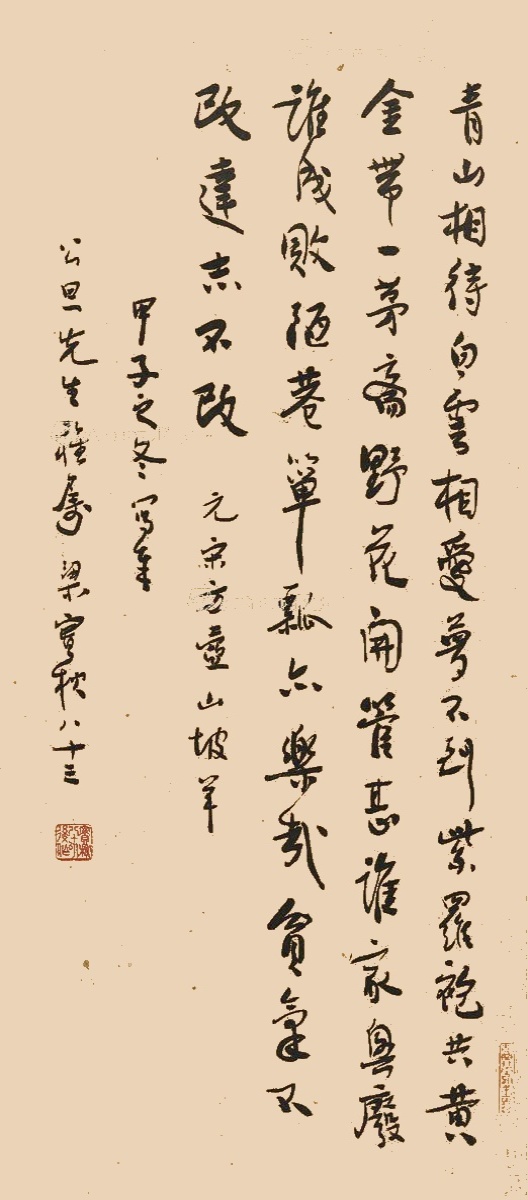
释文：青山相待，白云相爱，梦不到紫罗袍共黄金带。一茅斋，野花开。管甚谁家兴废谁成败，陋巷箪瓢亦乐哉。贫，气不改；达，志不改。元宋方壶山坡羊，甲子之冬写奉公旦先生雅属，梁实秋八十三。